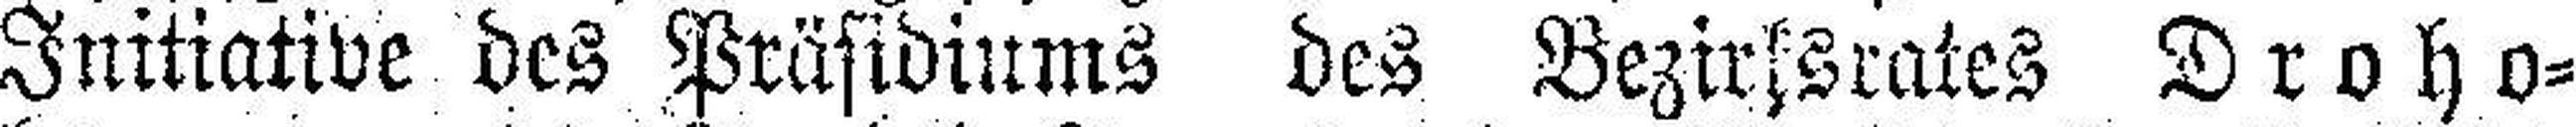
Initiative des Präsidiums des Bezirksrates Droho¬